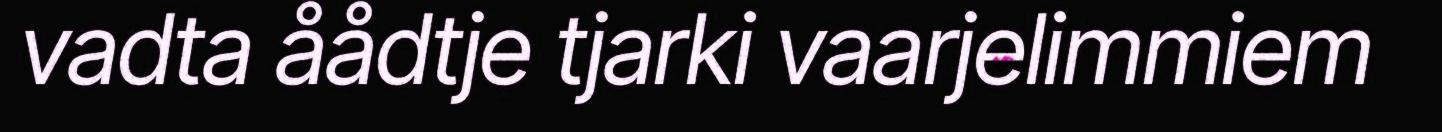
vadta åådtje tjarki vaarjelimmiem